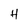
Character: H